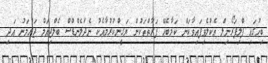
ބިހުގައި ފްލިޕަރޯނިލް އެކުލެވިފައިވާކަން ކަމާބެހޭ ފަރާތްތަކުން ޔަގީންކުރުމާއެކު ނެދަލެންޑްސް ބެލްޖިއަމް ޖަރުމަނު އަދި